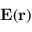
\mathbf { E } ( \mathbf { r } )